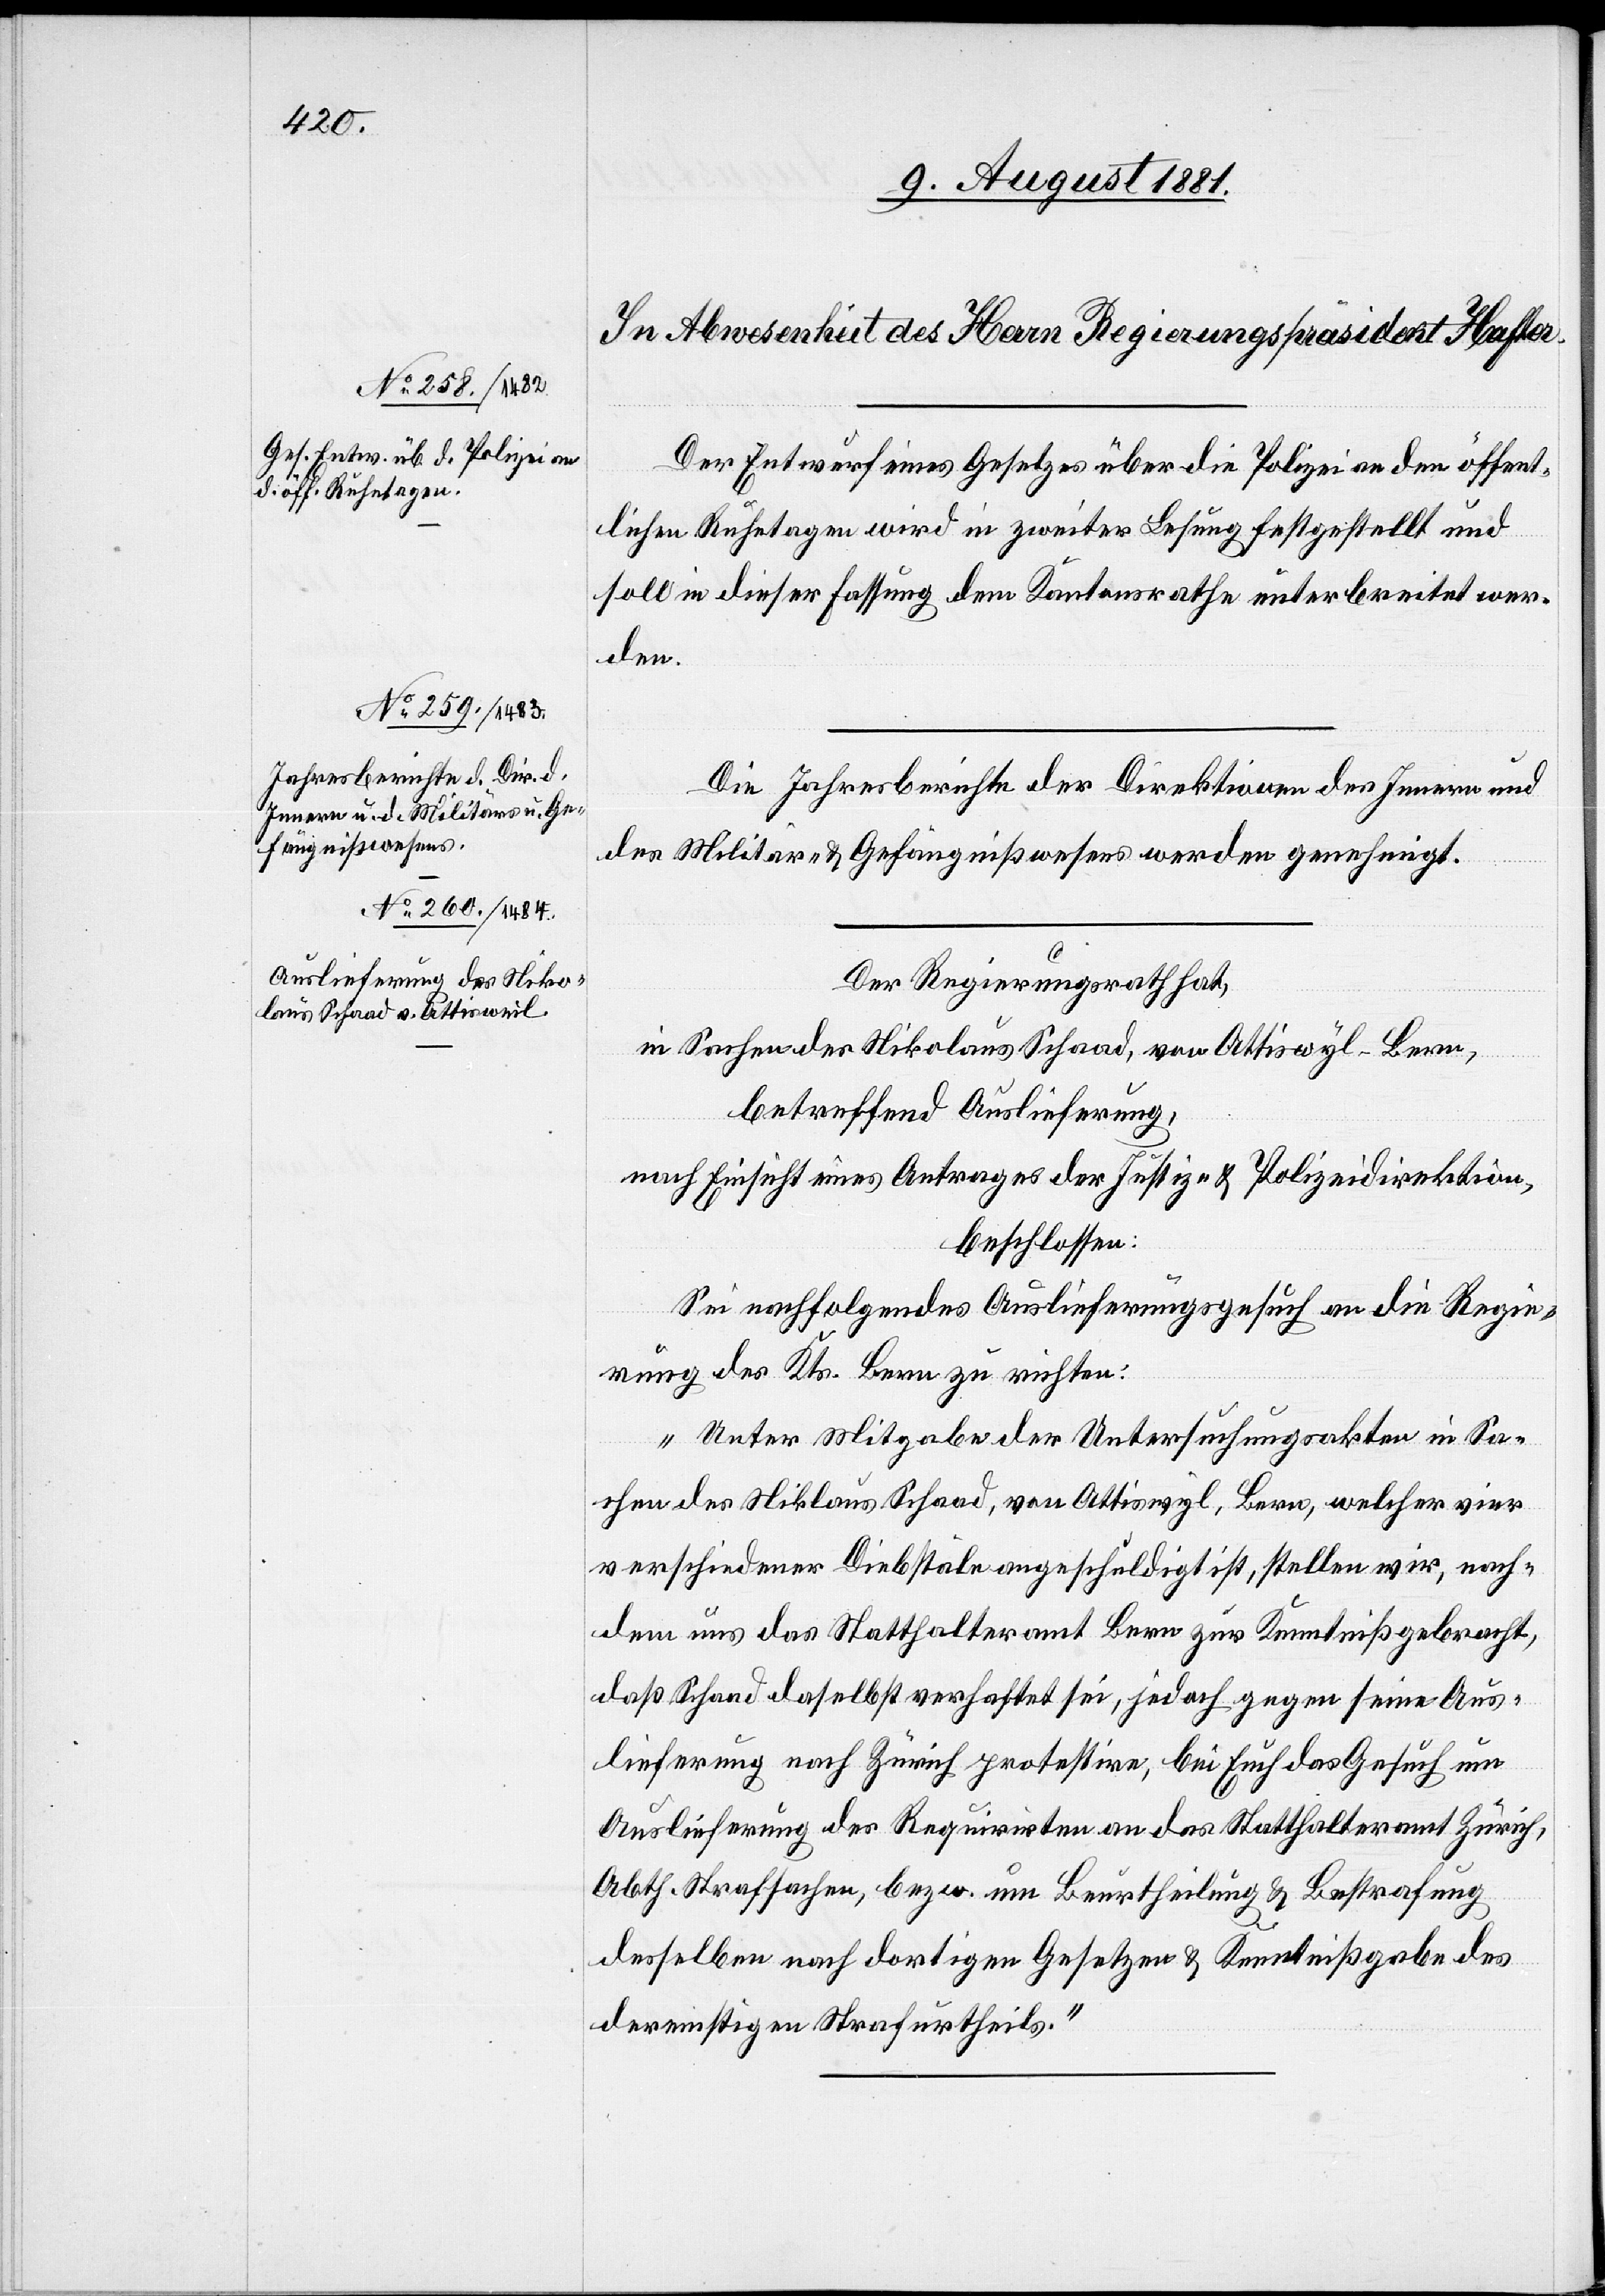
Der Entwurf eines Gesetztes über die Polizei an den öffent¬
lichen Ruhetagen wird in zweiter Lesung festgestellt und
soll in dieser Fassung dem Kantonsrathe unterbreitet wer¬
den.
Die Jahresberichte der Direktionen des Innern und
des Militär- & Gefängnißwesens werden genehmigt.
Der Regierungsrath hat,
in Sachen des Nikolaus Schaad, von Attiswyl – Bern,
betreffend Auslieferung,
nach Einsicht eines Antrages der Justiz- & Polizeidirektion,
beschlossen:
Sei nachfolgendes Auslieferungsgesuch an die Regie¬
rung des Kts. Bern zu richten:
„Unter Mitgabe der Untersuchungsakten in Sa¬
chen des Niklaus Schaad, von Attiswyl, Bern, welcher vier
verschiedener Diebstäle angeschuldigt ist, stellen wir, nach¬
dem uns das Statthalteramt Bern zur Kenntniß gebracht,
daß Schaad daselbst verhaftet sei, jedoch gegen seine Aus¬
lieferung nach Zürich protestire, bei Euch das Gesuch um
Auslieferung des Requirirten an das Statthalteramt Zürich,
Abth. Strafsachen, bezw. um Beurtheilung & Bestrafung
desselben nach dortigen Gesetzen & Kenntnißgabe des
dereinstigen Strafertheils.“